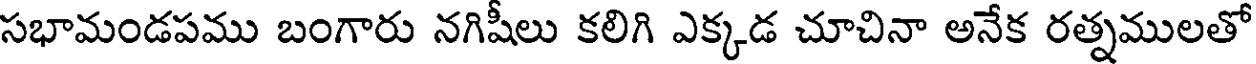
సభామండపము బంగారు నగిషీలు కలిగి ఎక్కడ చూచినా అనేక రత్నములతో